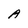
Character: A